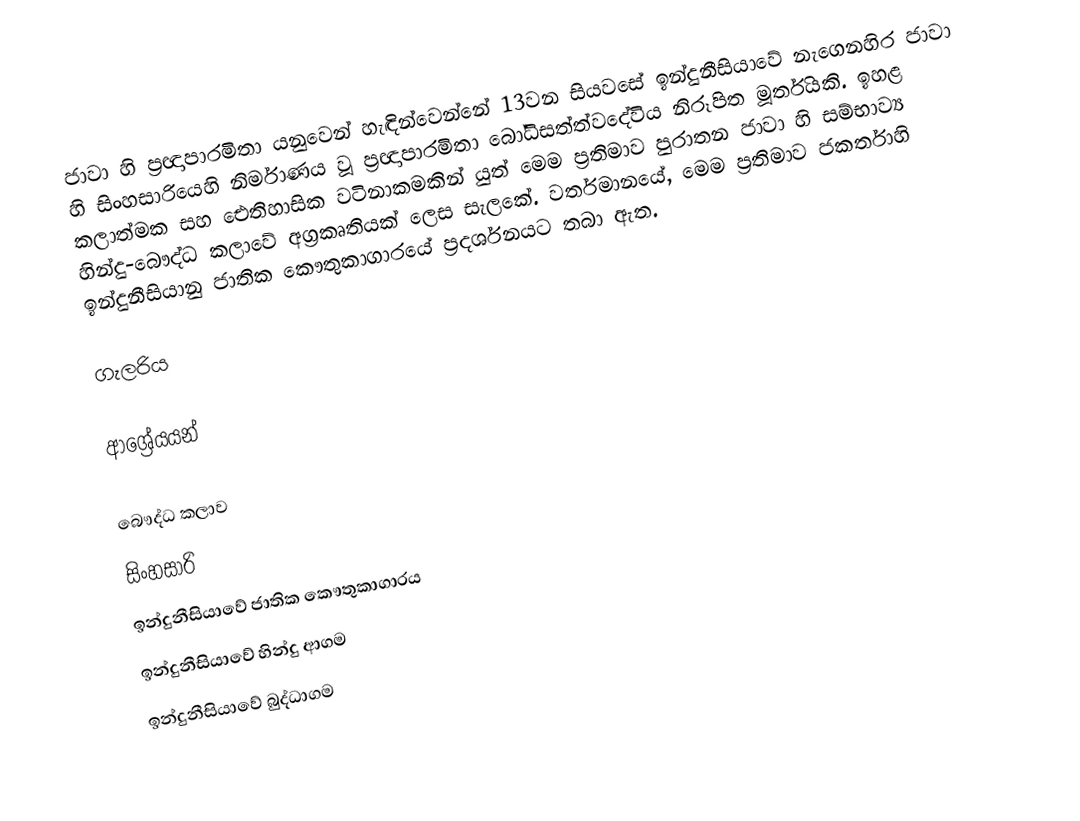
ජාවා හි ප්‍රඥාපාරමිතා යනුවෙන් හැඳින්වෙන්නේ 13වන සියවසේ ඉන්දුනීසියාවේ නැගෙනහිර ජාවා හි සිංහසාරියෙහි නිර්මාණය වූ ප්‍රඥාපාරමිතා බෝධිසත්ත්වදේවිය නිරූපිත මූර්තියකි. ඉහළ කලාත්මක සහ ඓතිහාසික වටිනාකමකින් යුත් මෙම ප්‍රතිමාව පුරාතන ජාවා හි සම්භාව්‍ය හින්දු-බෞද්ධ කලාවේ අග්‍රකෘතියක් ලෙස සැලකේ. වර්තමානයේ, මෙම ප්‍රතිමාව ජකර්තාහි ඉන්දුනීසියානු ජාතික කෞතුකාගාරයේ ප්‍රදර්ශනයට තබා ඇත.

ගැලරිය

ආශ්‍රේයයන්

බෞද්ධ කලාව
සිංහසාරි
ඉන්දුනීසියාවේ ජාතික කෞතුකාගාරය
ඉන්දුනීසියාවේ හින්දු ආගම
ඉන්දුනීසියාවේ බුද්ධාගම